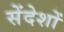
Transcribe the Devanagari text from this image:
सेंदेशों